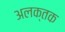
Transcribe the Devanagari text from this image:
अलक्तक